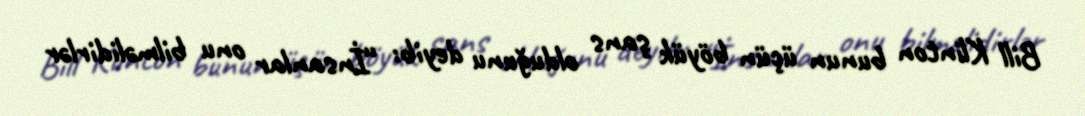
Bill Klinton bunun üçün böyük şans olduğunu deyib: “İnsanlar onu bilməlidirlər